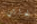
الخائن